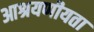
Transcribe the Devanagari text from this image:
आश्रयणीयता